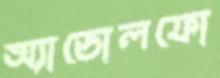
অ্যাডোলফো